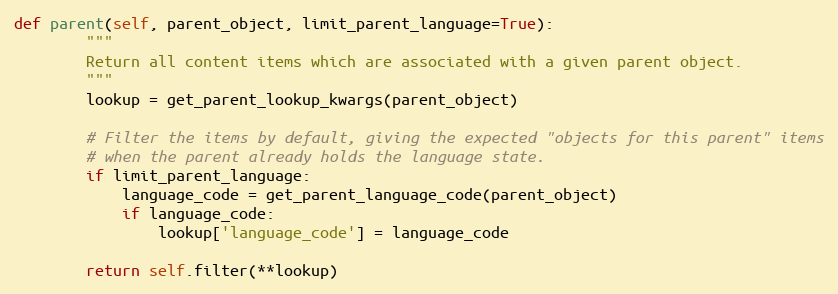
Language: Python
def parent(self, parent_object, limit_parent_language=True):
        """
        Return all content items which are associated with a given parent object.
        """
        lookup = get_parent_lookup_kwargs(parent_object)

        # Filter the items by default, giving the expected "objects for this parent" items
        # when the parent already holds the language state.
        if limit_parent_language:
            language_code = get_parent_language_code(parent_object)
            if language_code:
                lookup['language_code'] = language_code

        return self.filter(**lookup)